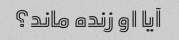
آیا او زنده ماند؟